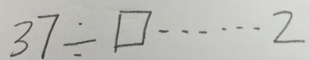
3 7 \div \square \cdots 2